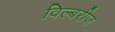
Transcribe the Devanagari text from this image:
विल्बरीज